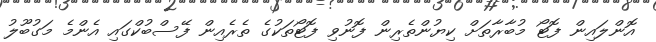
އޮންލައިން ފޮޓޯ މުބާރާތަށް ކިޔުންތެރިން ފޮނުވި ފޮޓޯތަކުގެ ތެރެއިން ފޭސްބުކްގައި އެންމެ މަގުބޫލު